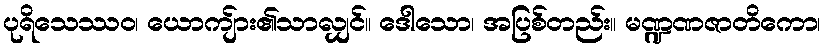
ပုရိသေဿဝ၊ ယောကျ်ား၏သာလျှင်။ ဒေါသော၊ အပြစ်တည်း။ မဏ္ဍဏဇာတိကော၊